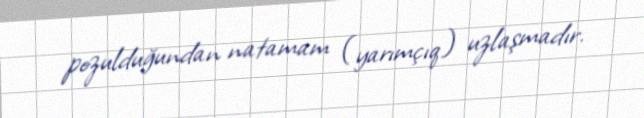
pozulduğundan natamam (yarımçıq) uzlaşmadır.